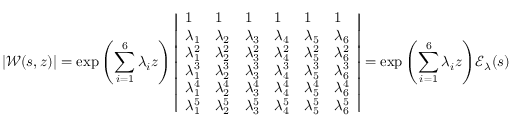
| \mathscr { W } ( s , z ) | = \exp { \left( \sum _ { i = 1 } ^ { 6 } \lambda _ { i } z \right) } \left| \begin{array} { l l l l l l } { 1 } & { 1 } & { 1 } & { 1 } & { 1 } & { 1 } \\ { \lambda _ { 1 } } & { \lambda _ { 2 } } & { \lambda _ { 3 } } & { \lambda _ { 4 } } & { \lambda _ { 5 } } & { \lambda _ { 6 } } \\ { \lambda _ { 1 } ^ { 2 } } & { \lambda _ { 2 } ^ { 2 } } & { \lambda _ { 3 } ^ { 2 } } & { \lambda _ { 4 } ^ { 2 } } & { \lambda _ { 5 } ^ { 2 } } & { \lambda _ { 6 } ^ { 2 } } \\ { \lambda _ { 1 } ^ { 3 } } & { \lambda _ { 2 } ^ { 3 } } & { \lambda _ { 3 } ^ { 3 } } & { \lambda _ { 4 } ^ { 3 } } & { \lambda _ { 5 } ^ { 3 } } & { \lambda _ { 6 } ^ { 3 } } \\ { \lambda _ { 1 } ^ { 4 } } & { \lambda _ { 2 } ^ { 4 } } & { \lambda _ { 3 } ^ { 4 } } & { \lambda _ { 4 } ^ { 4 } } & { \lambda _ { 5 } ^ { 4 } } & { \lambda _ { 6 } ^ { 4 } } \\ { \lambda _ { 1 } ^ { 5 } } & { \lambda _ { 2 } ^ { 5 } } & { \lambda _ { 3 } ^ { 5 } } & { \lambda _ { 4 } ^ { 5 } } & { \lambda _ { 5 } ^ { 5 } } & { \lambda _ { 6 } ^ { 5 } } \end{array} \right| = \exp { \left( \sum _ { i = 1 } ^ { 6 } \lambda _ { i } z \right) } \mathscr { E } _ { \lambda } ( s )